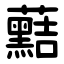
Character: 䕸